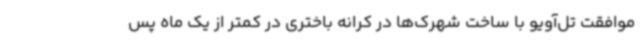
موافقت تل‌آویو با ساخت شهرک‌ها در کرانه باختری در کمتر از یک ماه پس